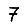
Digit: 7